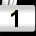
Digit: 1